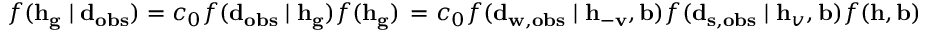
f ( \mathbf { h } _ { \mathbf { g } } \mid \mathbf { d } _ { \mathbf { o b s } } ) = c _ { 0 } f ( \mathbf { d } _ { \mathbf { o b s } } \mid \mathbf { h } _ { \mathbf { g } } ) f ( \mathbf { h } _ { \mathbf { g } } ) \, = c _ { 0 } f ( \mathbf { d } _ { \mathbf { w } , \mathbf { o b s } } \mid \mathbf { h } _ { \mathbf { - v } } , \mathbf { b } ) f ( \mathbf { d } _ { \mathbf { s } , \mathbf { o b s } } \mid \mathbf { h } _ { v } , \mathbf { b } ) f ( \mathbf { h } , \mathbf { b } )